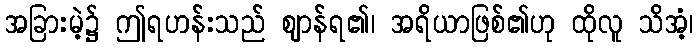
အခြားမဲ့၌ ဤရဟန်းသည် ဈာန်ရ၏၊ အရိယာဖြစ်၏ဟု ထိုလူ သိအံ့၊